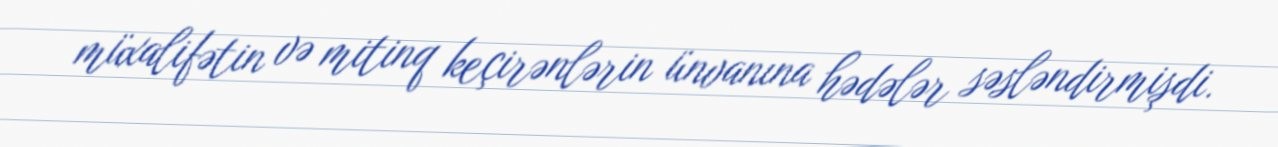
müxalifətin və mitinq keçirənlərin ünvanına hədələr səsləndirmişdi.